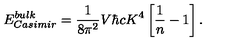
E _ { \small C a s i m i r } ^ { \small b u l k } = { \frac { 1 } { 8 \pi ^ { 2 } } } V \hbar c K ^ { 4 } \left[ { \frac { 1 } { n } } - 1 \right] .